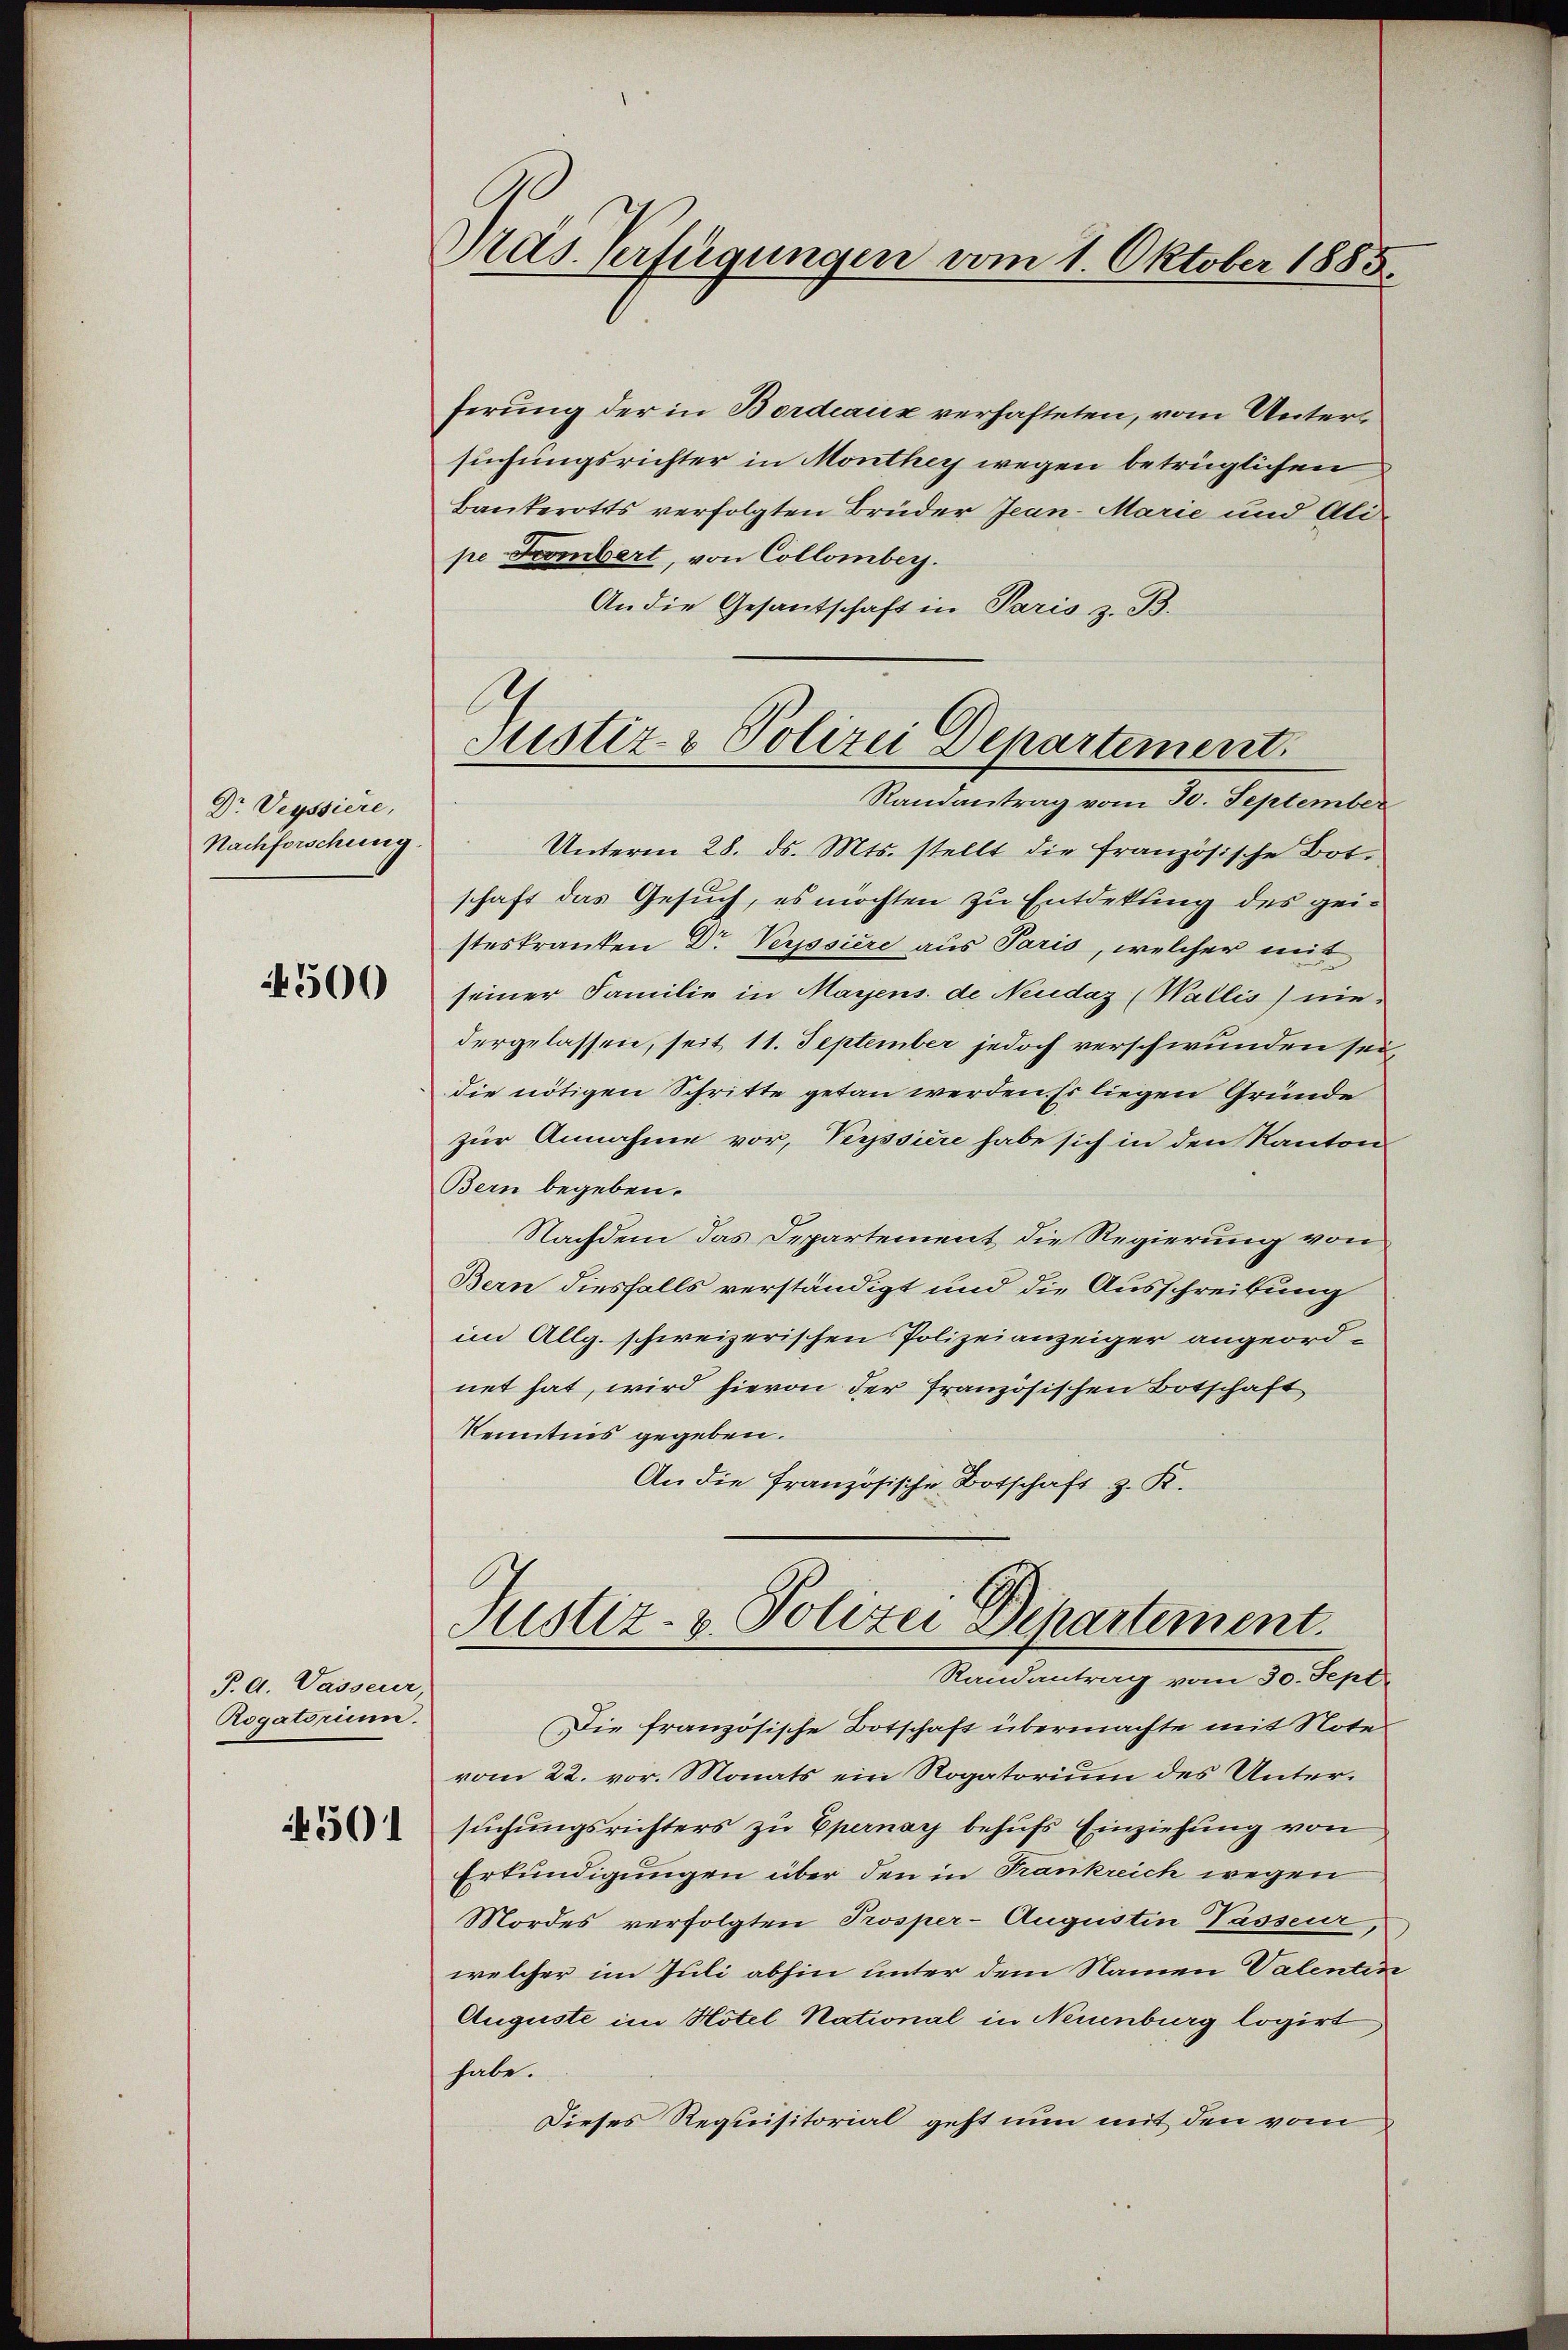
Dr. Veyssiere,
Nachforschung

500

P. d. Vasserer
Rogatorium.

4501

Pras Verfügungen vom 1. Oktober 1885.

ferung der in Bordeaux verhafteten, vom Untersuchungsrichter in Monthey wegen betrüglichen
Banterotts verfolgten Brüder Jean-Marie und Alipe Frombert, von Collomber.
An die Gesantschaft in Paris z. B.
Unterm 28. ds. Mts. stellt die französische Bot.
schaft das Gesuch, es möchten zu Entdekung des geisteskranken Dr. Verssiere aus Paris, welcher mit
seiner Familie in Mayens de Neudaz (Wallis) nie-
dergelassen, seit 11. September jedoch verschwunden sei
die nötigen Schritte getan werden. Es liegen Gründe
zur Annahme vor, Versiere habe sich in den Kanton
Bern begeben.
Nachdem das Departement die Regierung von
Bern diesfalls verständigt und die Ausschreibung
im Allg. schweizerischen Polizeianzeiger angeordnet hat, wird hievon der französischen Botschaft
Kenntnis gegeben.
An die französische Botschaft z. K.
Justiz- & Polizei Departement.
Randantrag vom 30. Sept.
Die französische Botschaft übermachte mit Note
vom 22. vor. Monats ein Rogatorium des Untersuchungsrichters zu Epernay behufs Einziehung von
Erkundigungen über den in Frankreich wegen
Mordes verfolgten Prosper-Augustin Passeur,
welcher im Juli abhin unter dem Namen Valentin
Auguste im Hotel National in Neuenburg logirt,
habe.
Dieses Requisitorial geht nun mit den vom

l
Sistiz- & Polizei Departement
Randantrag vom 30. September